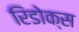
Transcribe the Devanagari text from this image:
रिडोक्स